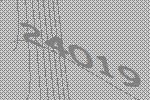
24019